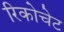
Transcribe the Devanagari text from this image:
रिकोचेट